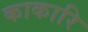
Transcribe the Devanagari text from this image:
काकारि